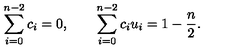
\sum _ { i = 0 } ^ { n - 2 } c _ { i } = 0 , \qquad \sum _ { i = 0 } ^ { n - 2 } c _ { i } u _ { i } = 1 - { \frac { n } { 2 } } .